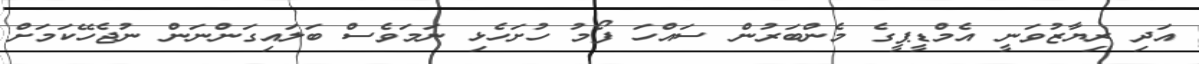
އަދި ރިޔާޒުވަނީ އެމްޑީޕީގެ މެންބަރުން ސައްހަ ފޯމު ހުށަހެޅި ނަމަވެސް ބަލައިގަންނަން ނުޖެހޭކަމަށް